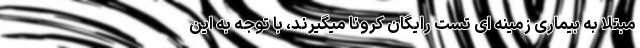
مبتلا به بیماری زمینه ای تست رایگان کرونا میگیرند، با توجه به این